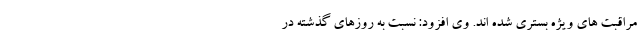
مراقبت های ویژه بستری شده اند. وی افزود: نسبت به روزهای گذشته در